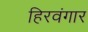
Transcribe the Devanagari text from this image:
हिरवंगार